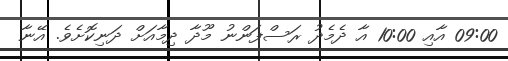
09:00 އާއި 10:00 އާ ދެމެދު ރަސްފަންނު މޫދާ ދިމާއަށް ދަނިކޮށެވެ. އޭނާ